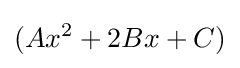
(Ax^{2}+2Bx+C)